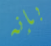
بإنه